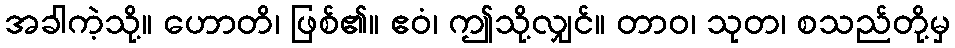
အခါကဲ့သို့။ ဟောတိ၊ ဖြစ်၏။ ဧဝံ၊ ဤသို့လျှင်။ တာဝ၊ သုတ၊ စသည်တို့မှ